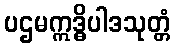
ပဌမဣဒ္ဓိပါဒသုတ္တံ